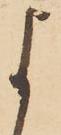
よ